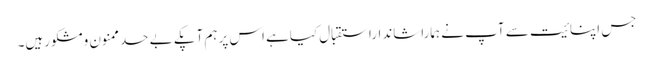
جس اپنائیت سے آپ نے ہماراشانداراستقبال کیاہے اس پرہم آپکے بے حدممنون ومشکورہیں۔